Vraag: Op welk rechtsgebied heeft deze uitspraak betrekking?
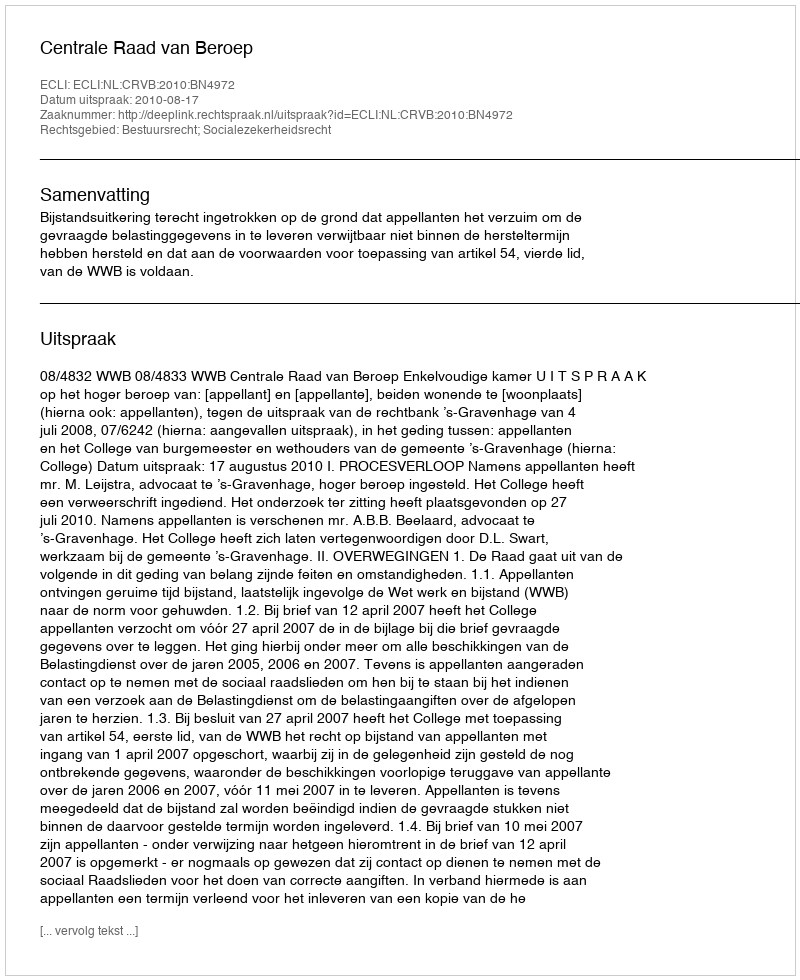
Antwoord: Bestuursrecht; Socialezekerheidsrecht